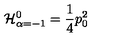
{ \cal H } _ { \alpha = - 1 } ^ { 0 } = { \frac { 1 } { 4 } } p _ { 0 } ^ { 2 }